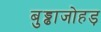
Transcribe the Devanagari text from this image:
बुड्ढाजोहड़